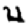
Digit: 4